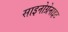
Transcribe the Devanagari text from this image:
साइनोग्रेनाइट